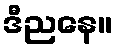
ဒီညနေ။